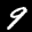
Label: 9